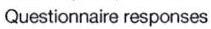
Questionnaire responses